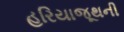
હરિયાજૂથની